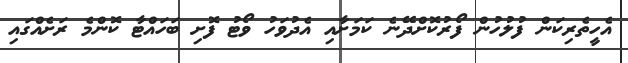
އެހީތެރިކަން ފުލުހުން ފޯރުކޮށްދޭނެ ކަމަށާއި އެދުވަހު ވޯޓު ފޮށި ބަހައްޓާ ކޮންމެ ރަށެއްގައި